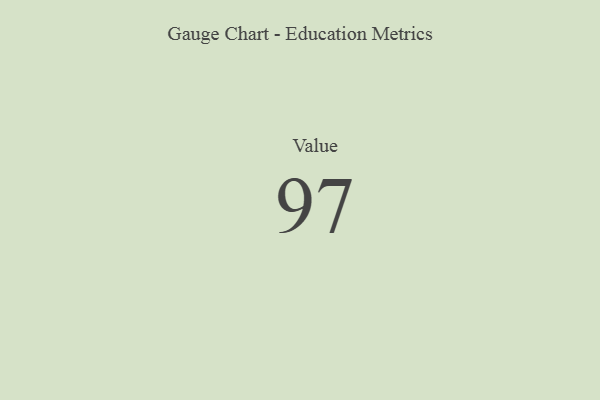
{"axis": {"x": "Metric", "y": "Value"}, "legend": [""], "data": [{"x": "Value", "y": 97, "type": ""}]}